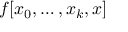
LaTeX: f [ x _ { 0 } , \ldots , x _ { k } , x ]